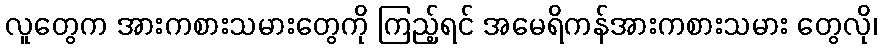
လူတွေက အားကစားသမားတွေကို ကြည့်ရင် အမေရိကန်အားကစားသမား တွေလို၊